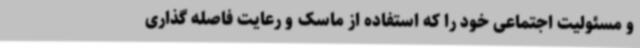
و مسئولیت اجتماعی خود را که استفاده از ماسک و رعایت فاصله‌ گذاری